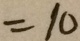
= 1 0